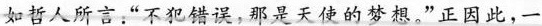
如人所言：“不犯误，那是天使的梦想。”正因此，一